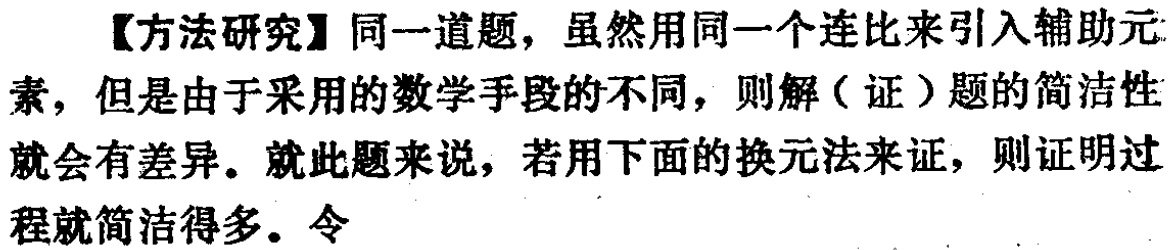
【方法研究】同一道题，虽然用同一个连比来引入辅助元素，但是由于采用的数学手段的不同，则解（证）题的简洁性就会有差异。就此题来说，若用下面的换元法来证，则证明过程就简洁得多。令